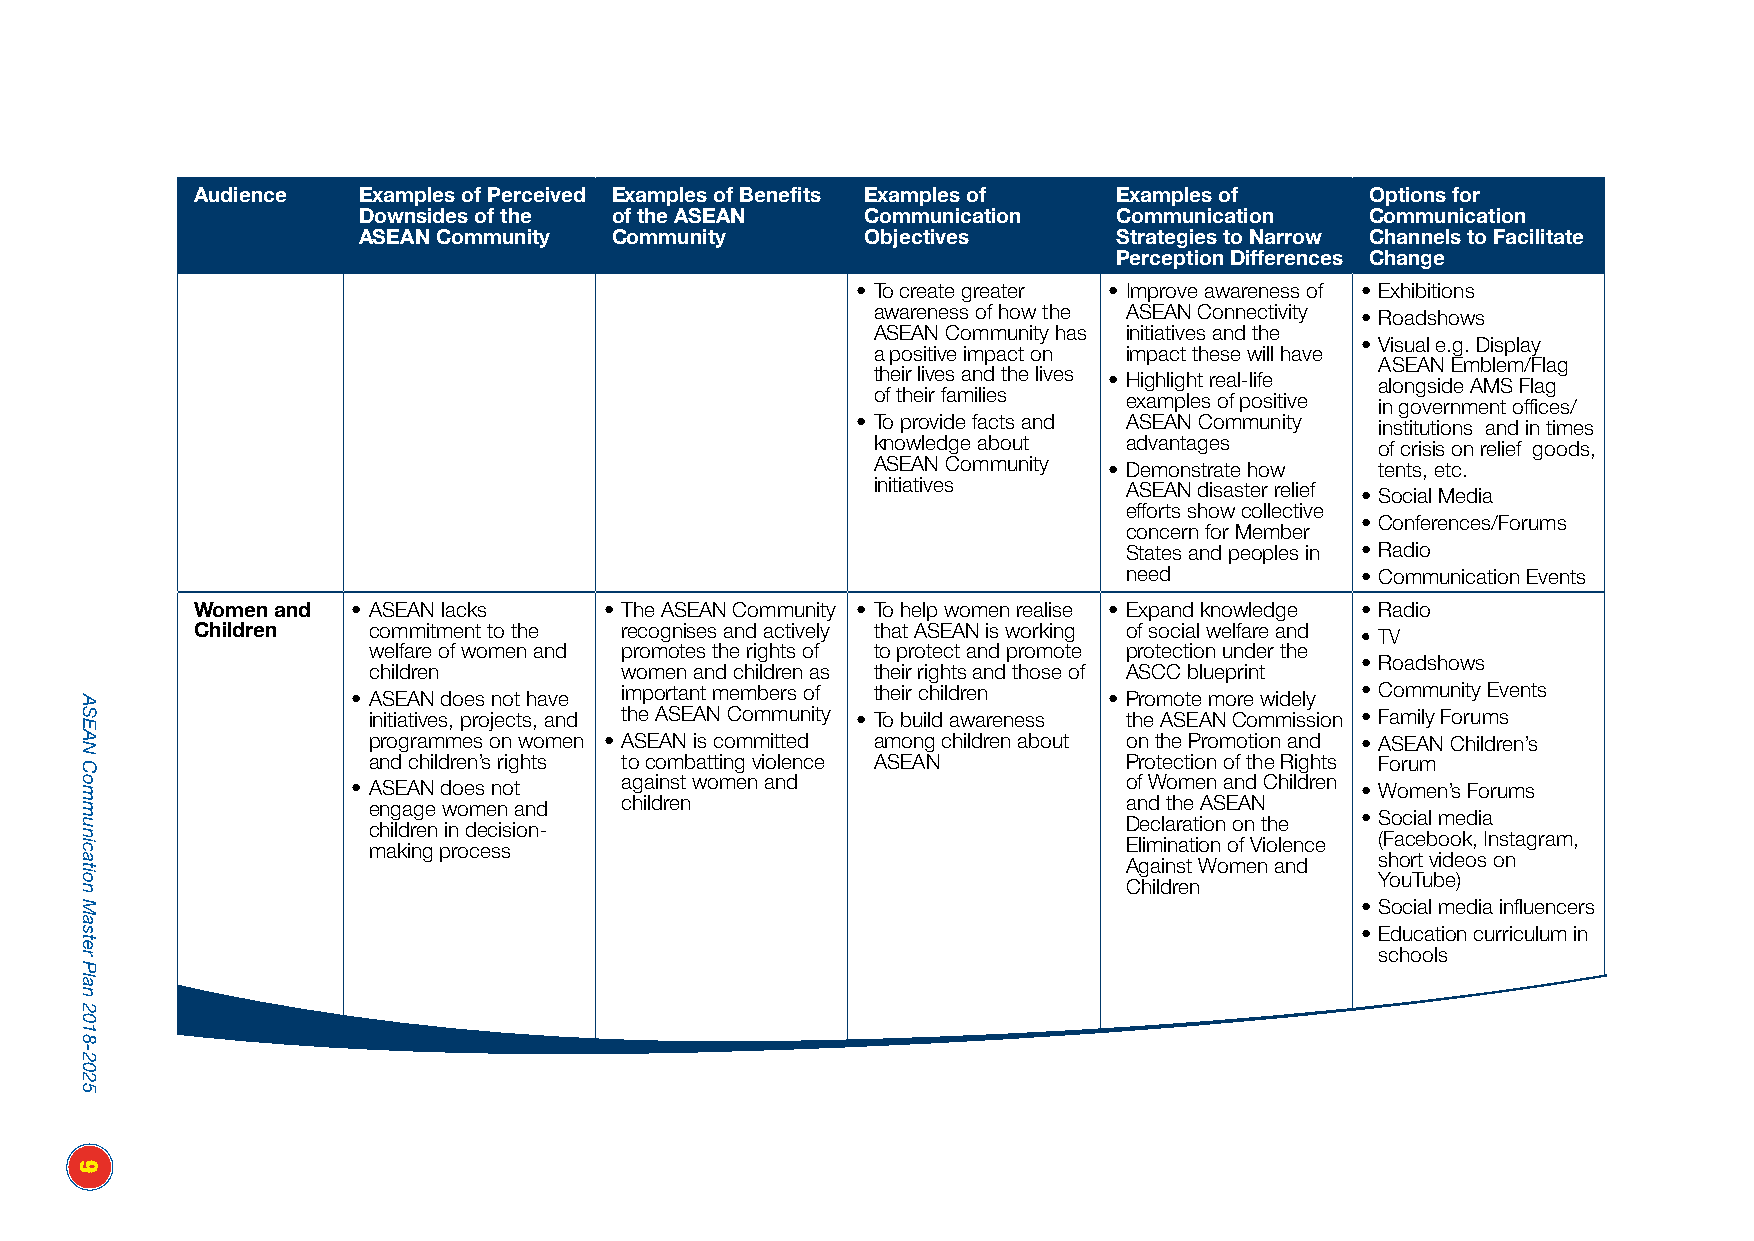
Audience   Examples of Perceived Examples of Benefits Examples of Examples of Options for
 Downsides of the of the ASEAN    Communication    Communication    Communication
 ASEAN Community Community        Objectives       Strategies to Narrow Channels to Facilitate
 Perception Differences Change
 • To create greater • Improve awareness of • Exhibitions
 awareness of how the ASEAN Connectivity • Roadshows
 ASEAN Community has initiatives and the
 • Visual e.g. Display
 a positive impact on impact these will have
 ASEAN Emblem/Flag
 their lives and the lives • Highlight real-life alongside AMS Flag
 of their families examples of positive in government offices/
 • To provide facts and ASEAN Community institutions and in times
 knowledge about  advantages      of crisis on relief goods,
 ASEAN Community • Demonstrate how tents, etc.
 initiatives      ASEAN disaster relief • Social Media
 efforts show collective
 • Conferences/Forums
 concern for Member
 States and peoples in • Radio
 need           • Communication Events
 Women and • ASEAN lacks    • The ASEAN Community • To help women realise • Expand knowledge • Radio
 Children   commitment to the recognises and actively that ASEAN is working of social welfare and • TV
 welfare of women and promotes the rights of to protect and promote protection under the
 • Roadshows
 children         women and children as their rights and those of ASCC blueprint
 • ASEAN does not have important members of their children • Promote more widely • Community Events
 initiatives, projects, and the ASEAN Community • To build awareness the ASEAN Commission • Family Forums
 programmes on women • ASEAN is committed among children about on the Promotion and • ASEAN Children’s
 and children’s rights to combatting violence ASEAN Protection of the Rights Forum
 • ASEAN does not  against women and                 of Women and Children • Women’s Forums
 engage women and children                          and the ASEAN
 • Social media
 children in decision-                              Declaration on the
 (Facebook, Instagram,
 making process                                     Elimination of Violence
 short videos on
 Against Women and
 YouTube)
 Children
 • Social media influencers
 • Education curriculum in
 schools
 ASEAN
 Communication
 Master
 Plan
 2018-2025
 9